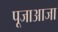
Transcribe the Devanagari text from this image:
पूजाआजा